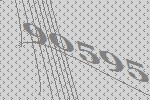
90595